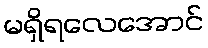
မရှိရလေအောင်